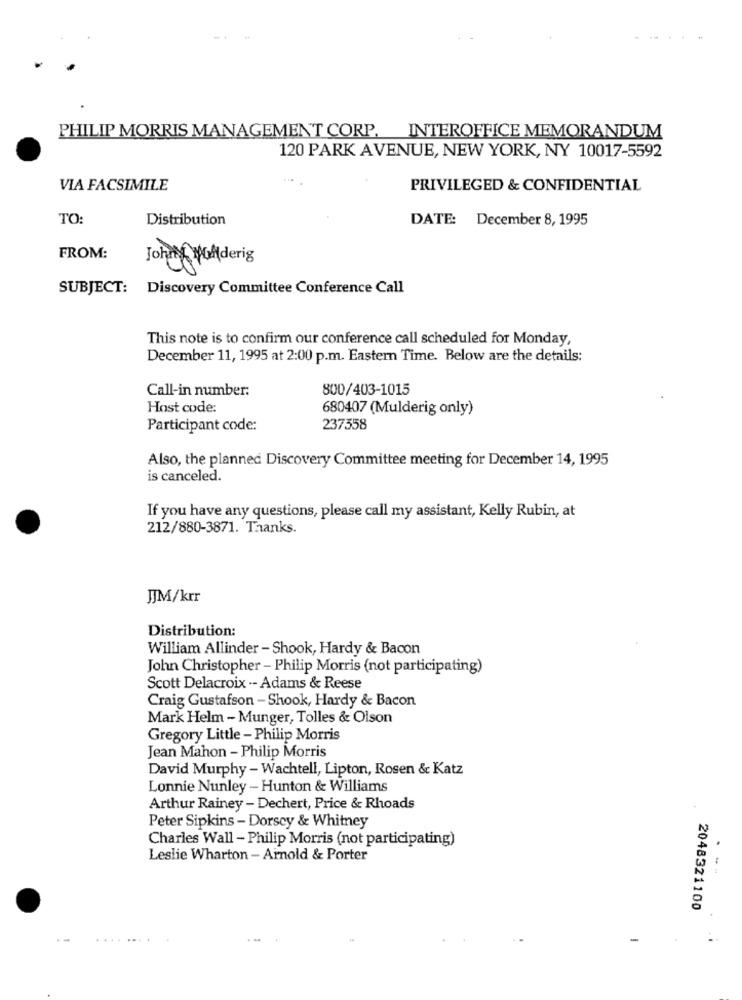
PHILIP MORRIS MANAGEMENT CORP. INTEROFFICE MEMORANDUM
120 PARK AVENUE, NEW YORK, NY 10017-5592
VIA FACSIMILE
PRIVILEGED & CONFIDENTIAL
TO:
Distribution
DATE: December 8, 1995
FROM:
John Moderig
SUBJECT: Discovery Committee Conference Call
This note is to confirm our conference call scheduled for Monday,
December 11, 1995 at 2:00 p.m. Eastern Time. Below are the details:
Call-in number:
800/403-1015
Host code:
680407 (Mulderig only)
Participant code:
237558
Also, the planned Discovery Committee meeting for December 14, 1995
is canceled.
If you have any questions, please call my assistant, Kelly Rubin, at
212/880-3871. Thanks.
JJM/krr
Distribution:
William Allinder - Shook, Hardy & Bacon
John Christopher - Philip Morris (not participating)
Scott Delacroix .- Adams & Reese
Craig Gustafson - Shook, Hardy & Bacon
Mark Helm - Munger, Tolles & Olson
Gregory Little - Philip Morris
Jean Mahon - Philip Morris
David Murphy - Wachtell, Lipton, Rosen & Katz
Lonnie Nunley - Hunton & Williams
Arthur Rainey - Dechert, Price & Rhoads
Peter Sipkins - Dorscy & Whitney
Charles Wall - Philip Morris (not participating)
Leslie Wharton - Arnold & Porter
2048321100
. ....
-